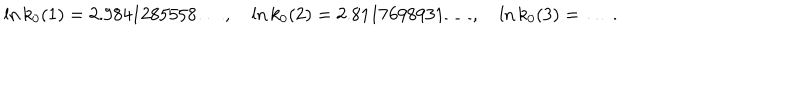
LaTeX: \ln k _ { 0 } ( 1 ) = 2 . 9 8 4 1 2 8 5 5 5 8 \ldots , \quad \ln k _ { 0 } ( 2 ) = 2 . 8 1 1 7 6 9 8 9 3 1 \ldots , \quad \ln k _ { 0 } ( 3 ) = \ldots \, .